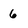
Character: 6